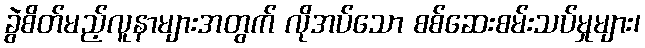
ခွဲစိတ်မည့်လူနာများအတွက် လိုအပ်သော စစ်ဆေးစမ်းသပ်မှုများ၊